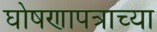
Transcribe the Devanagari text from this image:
घोषणापत्राच्या